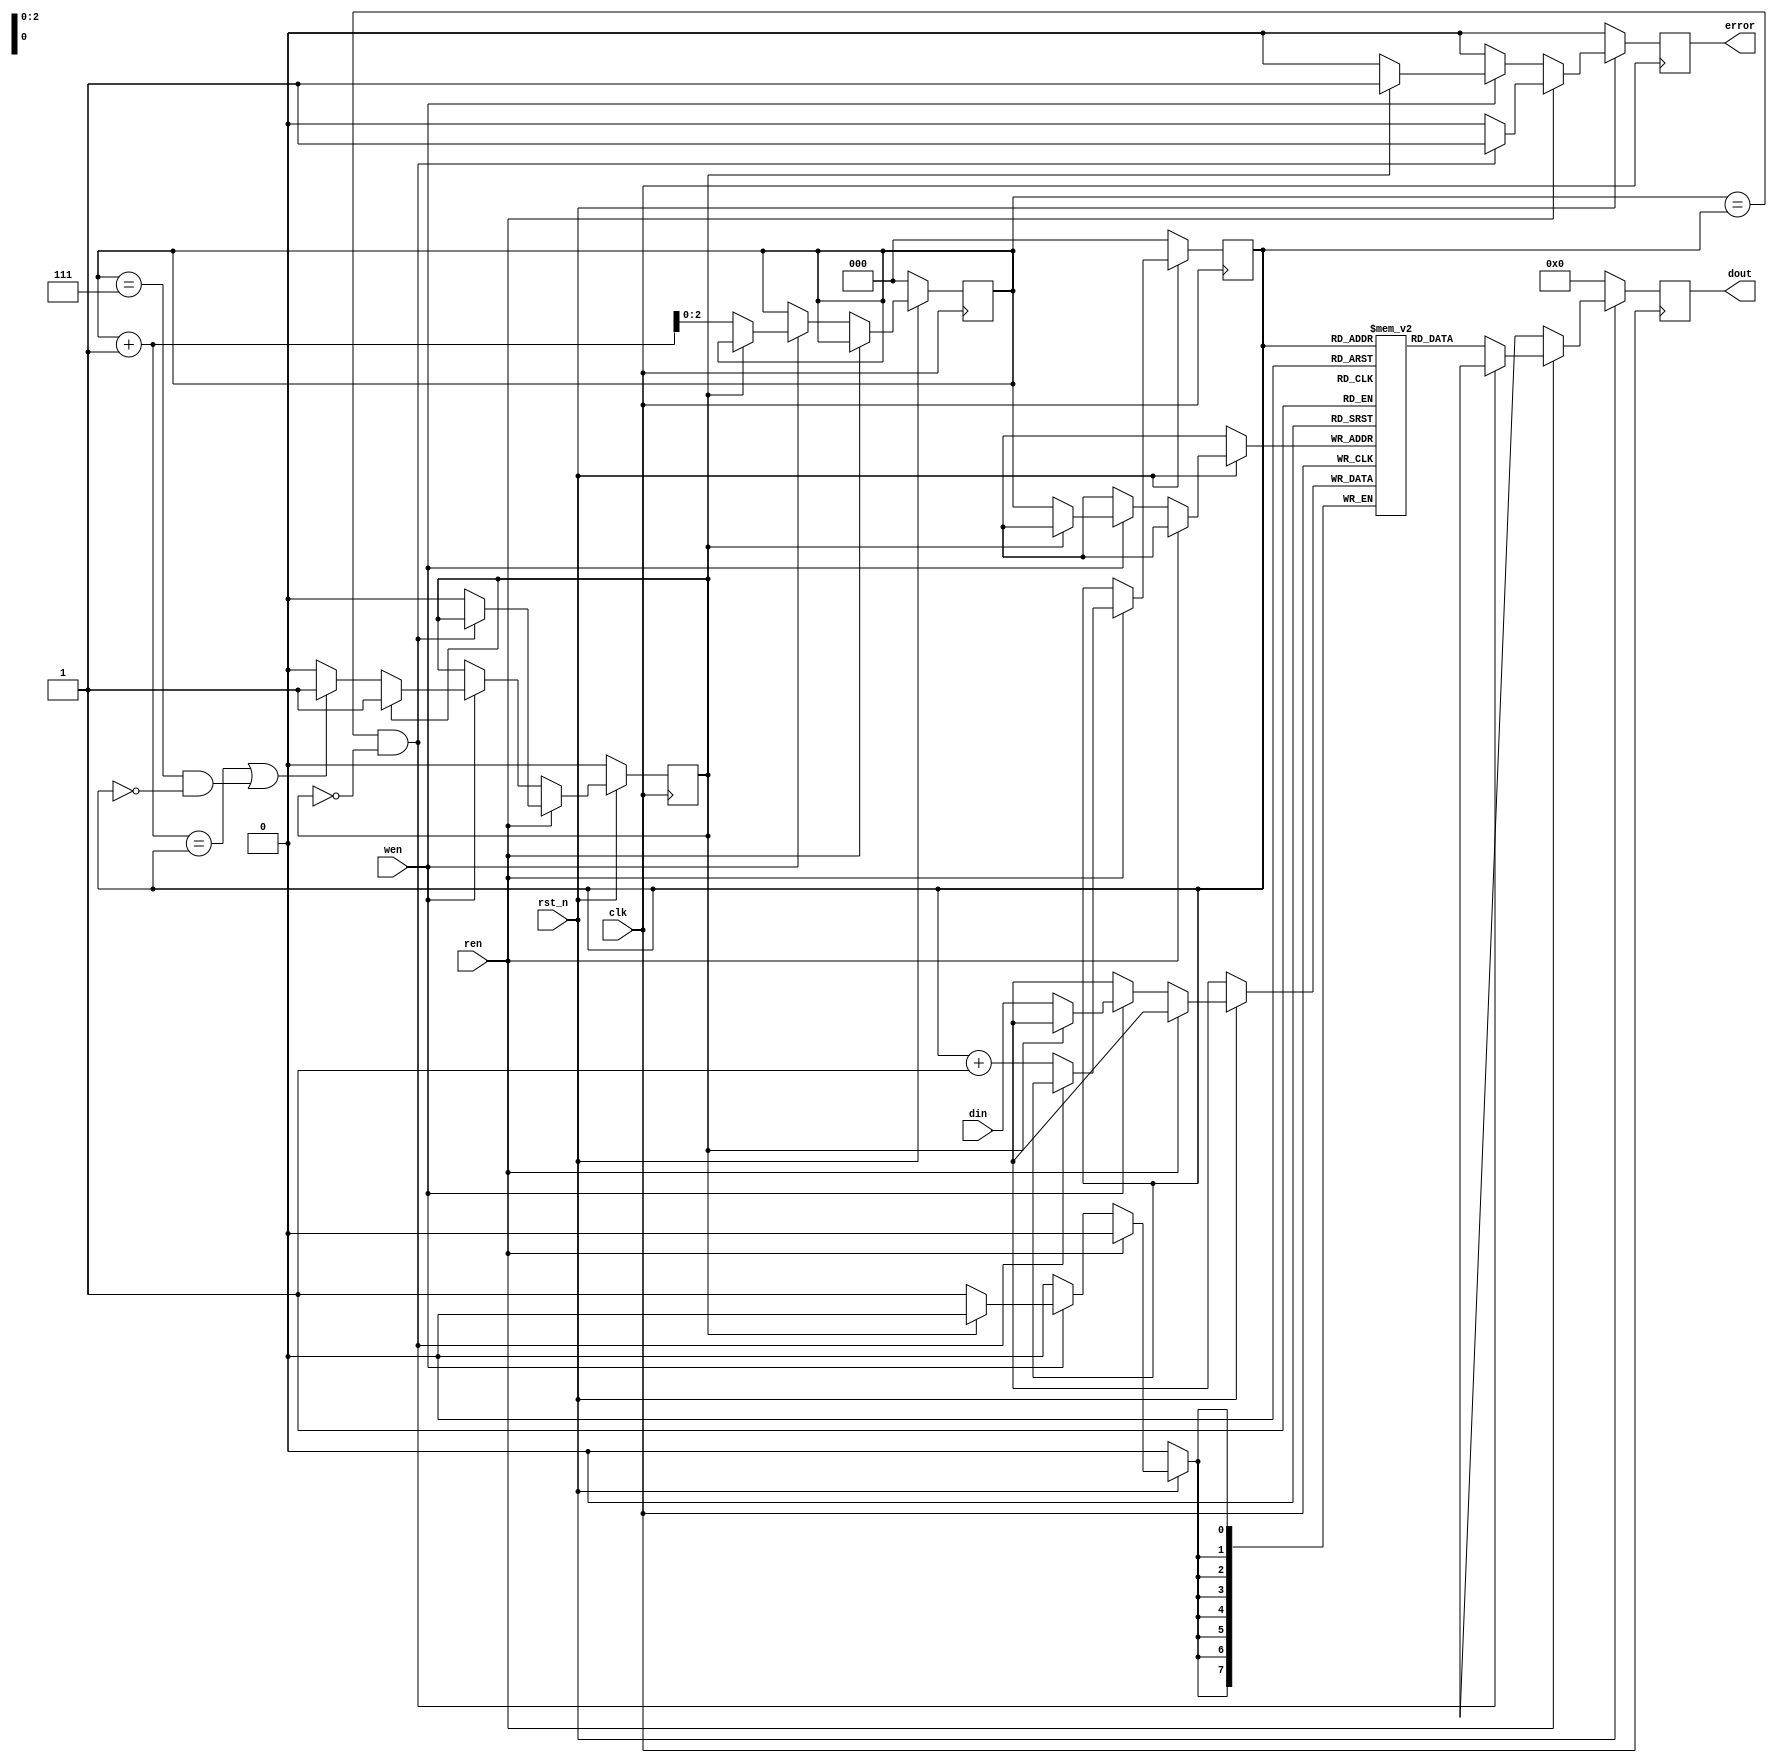
`timescale 1ns/1ps

module FIFO_8(clk, rst_n, wen, ren, din, dout, error);
    input clk;
    input rst_n;
    input wen, ren;
    input [8-1:0] din;
    output [8-1:0] dout;
    output error;

    reg [8-1:0] memory [7:0];
    reg [8-1:0] dout;
    reg error;
    reg [7:0] dontcare;
    reg [2:0] write_pointer;
    reg [2:0] read_pointer;
    reg full;
    always @(posedge clk) begin
        if(rst_n == 1'b0) begin
            write_pointer <= 0;
            read_pointer <= 0;
            error <= 0;
            dout <= 0;
            full <= 0;
        end
        else begin
            if(ren == 1'b1) begin
                if(write_pointer == read_pointer && full == 0) begin
                    error <= 1;
                    dout <= dontcare;
                end
                else begin
                    dout <= memory[read_pointer];
                    read_pointer <= read_pointer + 1;
                    error <= 0;
                    full <= 0;
                end
            end
            else if(wen == 1'b1) begin
                if(full) begin
                    error <= 1;
                    dout <= dontcare;
                end
                else begin
                    memory[write_pointer] <= din;
                    write_pointer <= write_pointer + 1;
                    dout <= dontcare;
                    error <= 0;
                    if(write_pointer + 1 == read_pointer || (write_pointer == 7 && read_pointer == 0)) begin
                        full <= 1;
                    end
                end
            end
            else begin
                error <= 0;
                dout <= dontcare;
            end
        end
    end
endmodule


module Round_Robin_FIFO_Arbiter(clk, rst_n, wen, a, b, c, d, dout, valid);
input clk;
input rst_n;
input [4-1:0] wen;
input [8-1:0] a, b, c, d;
output [8-1:0] dout;
output valid;

wire [8-1:0] douts[3:0];
wire [3:0] error;
reg valid;
reg [1:0] counter;
reg [2:0] fifo_out;
always @(posedge clk) begin
    if(!rst_n)begin
        counter <= 0;
        fifo_out <= 3'b100;
    end
    else begin
        counter <= counter + 1;
        fifo_out <= {1'b0, counter};
    end
end

always @ (error or fifo_out)begin
    if(fifo_out == 3'b100) valid = 1'b0;
    else if(wen[fifo_out[1:0]] || error[fifo_out[1:0]]) valid = 1'b0;
    else valid = 1'b1;
end

assign dout = valid ? douts[fifo_out[1:0]] : 8'd0;

FIFO_8 a_fifo(clk, rst_n, wen[0], (counter == 2'b00 && !wen[0]), a, douts[0], error[0]);
FIFO_8 b_fifo(clk, rst_n, wen[1], (counter == 2'b01 && !wen[1]), b, douts[1], error[1]);
FIFO_8 c_fifo(clk, rst_n, wen[2], (counter == 2'b10 && !wen[2]), c, douts[2], error[2]);
FIFO_8 d_fifo(clk, rst_n, wen[3], (counter == 2'b11 && !wen[3]), d, douts[3], error[3]);


endmodule